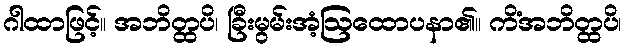
ဂါထာဖြင့်။ အဘိတ္ထပိ၊ ခြီးမွမ်းအံ့ဩထောပနာ၏။ ကိံအဘိတ္ထပိ၊